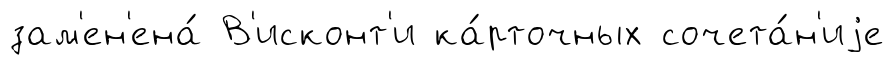
зам'ен'ена́ В'исконт'и ка́рточных сочета́н'иjе